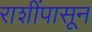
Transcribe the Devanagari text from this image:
राशींपासून